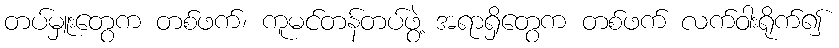
တပ်မှူးတွေက တစ်ဖက်၊ ကူမင်တန်တပ်ဖွဲ့ အရာရှိတွေက တစ်ဖက် လက်ဝါးရိုက်၍